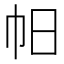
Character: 𢁯